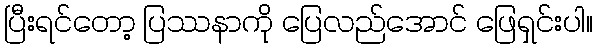
ပြီးရင်တော့ ပြဿနာကို ပြေလည်အောင် ဖြေရှင်းပါ။